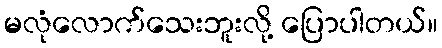
မလုံလောက်သေးဘူးလို့ ပြောပါတယ်။